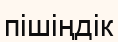
пішіңдік